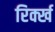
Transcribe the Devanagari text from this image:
रिर्क्ख